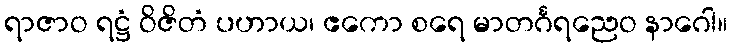
ရာဇာဝ ရဋ္ဌံ ဝိဇိတံ ပဟာယ၊ ဧကော စရေ မာတင်္ဂရညေဝ နာဂေါ။